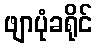
ဖျာပုံခရိုင်